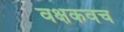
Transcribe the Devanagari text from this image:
वक्षकवच